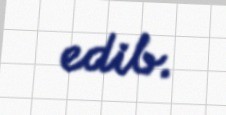
edib.